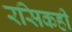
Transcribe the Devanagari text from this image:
रसिकही